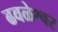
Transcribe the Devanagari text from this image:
ढवळेश्वर